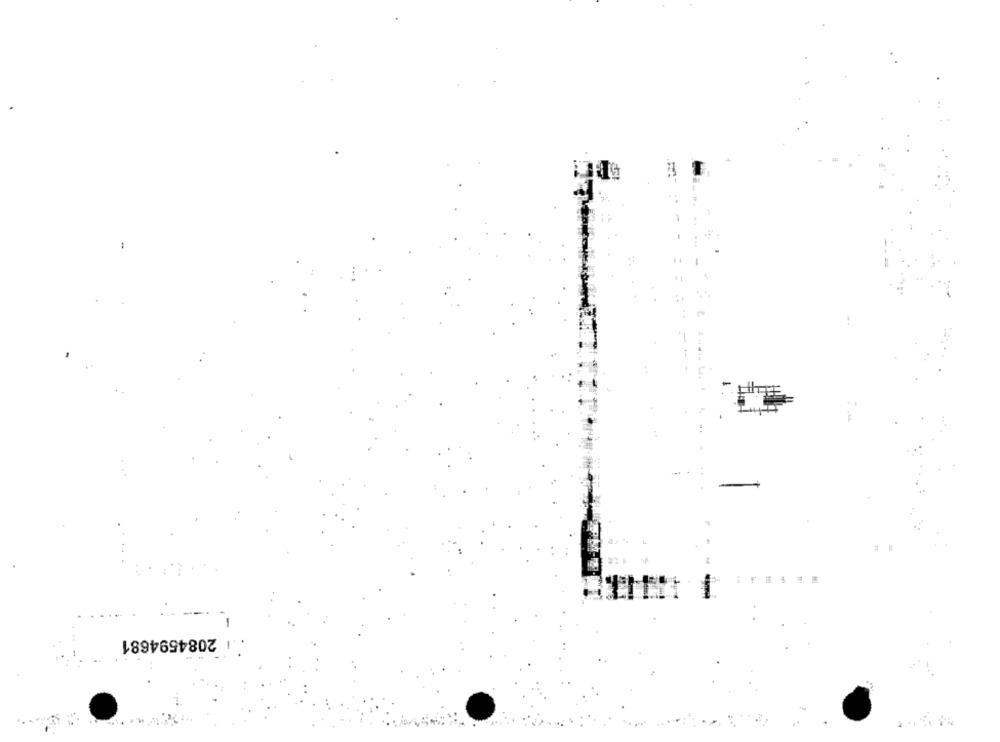
-
.1 2084594681